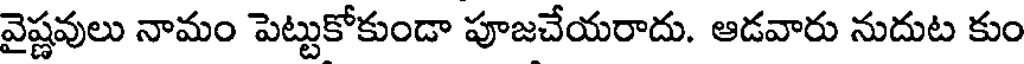
వైష్ణవులు నామం పెట్టుకోకుండా పూజచేయరాదు. ఆడవారు నుదుట కుం